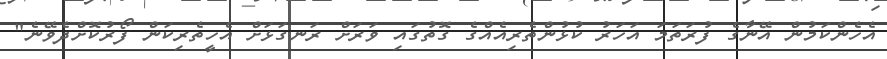
އެހެންކަމުން އޭނާގެ ފުރަތަމަ އަހަރު ކުޅުންތެރިއެއްގެ ގޮތުގައި ވަރަށް ރަނގަޅަށް އެހީތެރިކަން ފޯރުކޮށްދެވޭނެ"